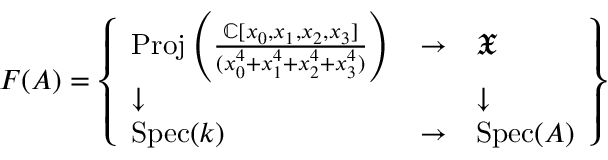
F ( A ) = \left\{ { \begin{array} { l l l } { \operatorname { P r o j } \left( { \frac { \mathbb { C } [ x _ { 0 } , x _ { 1 } , x _ { 2 } , x _ { 3 } ] } { ( x _ { 0 } ^ { 4 } + x _ { 1 } ^ { 4 } + x _ { 2 } ^ { 4 } + x _ { 3 } ^ { 4 } ) } } \right) } & { \to } & { { \mathfrak { X } } } \\ { \downarrow } & & { \downarrow } \\ { \operatorname { S p e c } ( k ) } & { \to } & { \operatorname { S p e c } ( A ) } \end{array} } \right\}